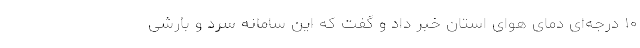
۱۰ درجه‌ای دمای هوای استان خبر داد و گفت که این سامانه سرد و بارشی